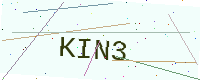
Text: KIN3